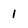
Character: 1